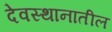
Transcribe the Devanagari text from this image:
देवस्थानातील